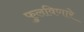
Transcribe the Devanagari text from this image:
फुलविणारे